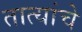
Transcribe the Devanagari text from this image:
तात्यांचे